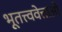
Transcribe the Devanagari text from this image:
भूतत्त्ववेत्ताओं